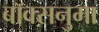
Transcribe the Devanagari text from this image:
बॉक्सनुमा